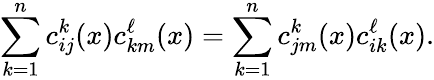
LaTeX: \sum_{k=1}^{n}c_{ij}^{k}(x)c_{km}^{\ell}(x)=\sum_{k=1}^{n}c_{jm}^{k}(x)c_{ik}^{\ell}(x).